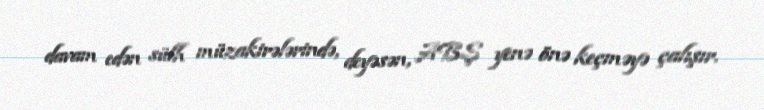
davam edən sülh müzakirələrində, deyəsən, ABŞ yenə önə keçməyə çalışır.